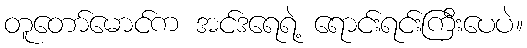
တူတော်မောင်က အင်ဒရေရဲ့ ရောင်းရင်းကြီးပေပဲ။